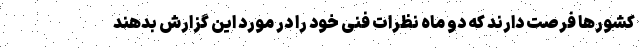
کشورها فرصت دارند که دو ماه نظرات فنی خود را در مورد این گزارش بدهند